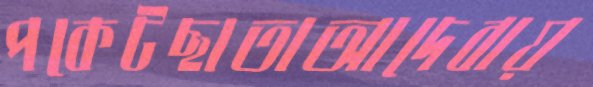
পকেটছাতাআদেবায়